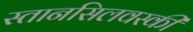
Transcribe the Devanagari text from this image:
स्तानसिलवस्की